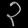
Digit: ၃